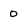
Character: 0